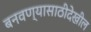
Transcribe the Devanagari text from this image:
बनवण्यासाठीदेखील